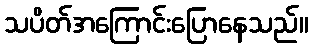
သပိတ်အကြောင်းပြောနေသည်။